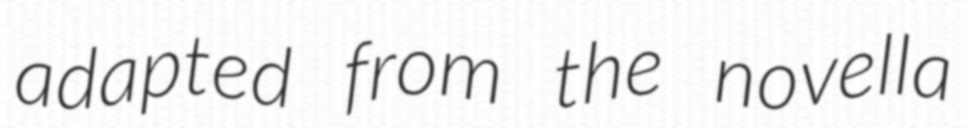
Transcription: adapted from the novella